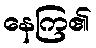
နေကြ၏